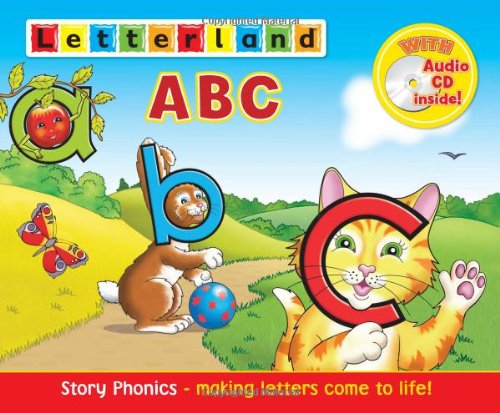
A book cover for Letterland ABC; Lyn Wendon; Reference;